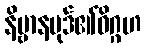
နိဗ္ဗာနပုဒ်၏ဝိဂ္ဂဟ